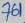
Text: 761